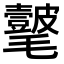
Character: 𣰺